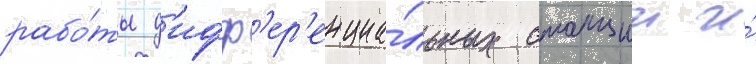
рабо́ты д'ифф'ер'енциа́льных станции и́